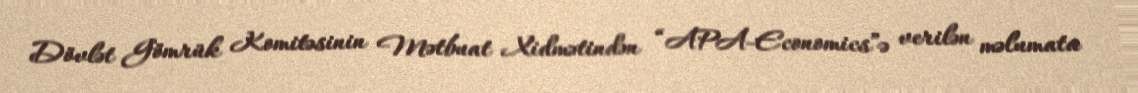
Dövlət Gömrük Komitəsinin Mətbuat Xidmətindən “APA-Economics”ə verilən məlumata